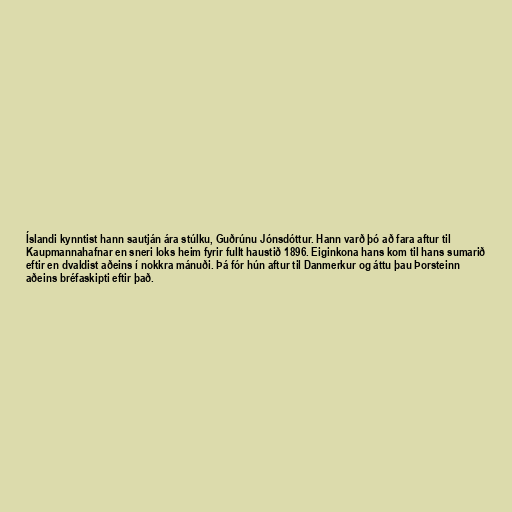
Íslandi kynntist hann sautján ára stúlku, Guðrúnu Jónsdóttur. Hann varð þó að fara aftur til
Kaupmannahafnar en sneri loks heim fyrir fullt haustið 1896. Eiginkona hans kom til hans sumarið
eftir en dvaldist aðeins í nokkra mánuði. Þá fór hún aftur til Danmerkur og áttu þau Þorsteinn
aðeins bréfaskipti eftir það.